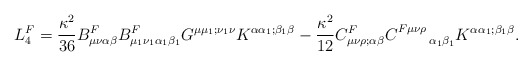
\begin{align*}L^F_4=\frac{\kappa^2}{36}B^F_{\mu\nu\alpha\beta}B^{F}_{\mu_1\nu_1\alpha_1\beta_1} G^{\mu\mu_1;\nu_1\nu}K^{\alpha\alpha_1;\beta_1\beta}-\frac{\kappa^2}{12}C^F_{\mu\nu\rho;\alpha\beta}C^{F\mu\nu\rho}_{~~~~~~\alpha_1\beta_1}K^{\alpha\alpha_1;\beta_1\beta}.\end{align*}